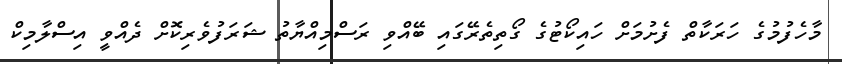
މާހެފުމުގެ ހަރަކާތް ފެށުމަށް ހައިކޯޓުގެ ގޯތިތެރޭގައި ބޭއްވި ރަސްމިއްޔާތު ޝަރަފުވެރިކޮށް ދެއްވީ އިސްލާމިކް